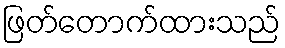
ဖြတ်တောက်ထားသည်